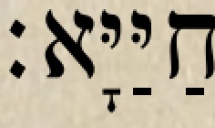
חַיַּיָּא׃